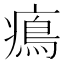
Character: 𤹷